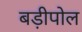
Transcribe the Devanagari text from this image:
बड़ीपोल